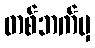
တစ်ဘက်မှ